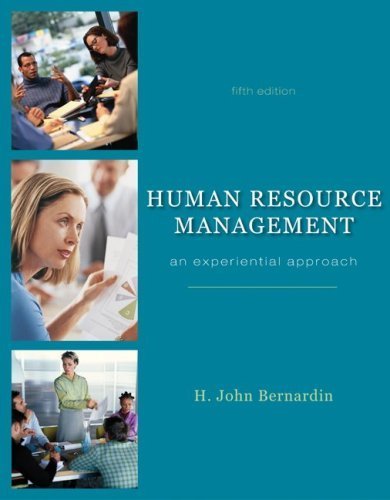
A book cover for Human Resource Management with Premium Content Code Card 5th (fifth) edition by Bernardin, H. John published by McGraw-Hill/Irwin (2009) [Paperback]; H. John Bernardin; Computers & Technology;